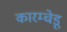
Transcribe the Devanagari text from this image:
कारम्चेडू